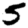
Digit: 5